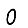
Digit: 0